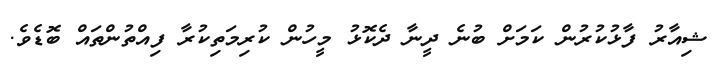
ޝިއާރު ފާޅުކުރުން ކަމަށް ބުނެ ދީނާ ދެކޮޅު މީހުން ކުރިމަތިކުރާ ފިއްތުންތައް ބޮޑެވެ.